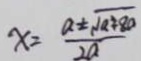
x = \frac { a \pm \sqrt { a ^ { 2 } + 8 0 } } { 2 a }